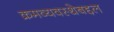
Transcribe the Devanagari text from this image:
क्रमव्यवस्थेबद्दल